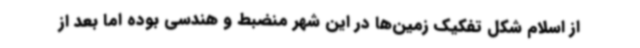
از اسلام شکل تفکیک زمین‌ها در این شهر منضبط و هندسی بوده اما بعد از